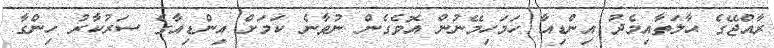
ރާއްޖޭގެ ޙާލަތާއިމެދު އިންޑިއާ ހަމަހިމޭނުން އޮވެގެން ނުވާނެ ކަމަށް އިންޑިއާގެ ސަރުކާރު ހިންގާ